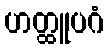
ဟတ္ထူပဂံ